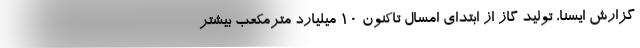
گزارش ایسنا، تولید گاز از ابتدای امسال تاکنون ۱۰ میلیارد مترمکعب بیشتر